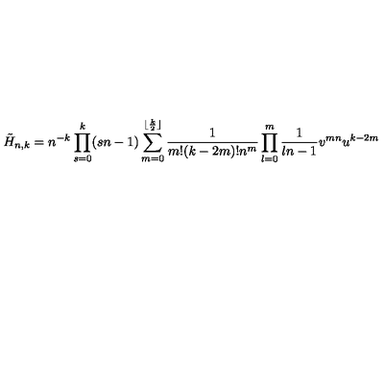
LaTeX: \tilde { H } _ { n , k } = n ^ { - k } \prod _ { s = 0 } ^ { k } ( s n - 1 ) \sum _ { m = 0 } ^ { \lfloor \frac { k } { 2 } \rfloor } \frac { 1 } { m ! ( k - 2 m ) ! n ^ { m } } \prod _ { l = 0 } ^ { m } { \frac { 1 } { l n - 1 } } v ^ { m n } u ^ { k - 2 m }